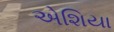
એશિયા